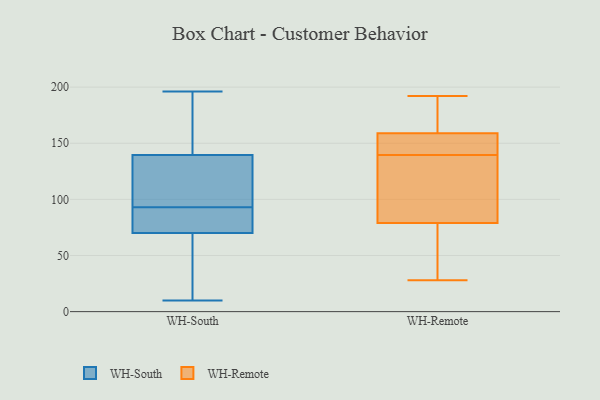
{"axis": {"x": "Demand Index", "y": "Value"}, "legend": ["WH-Remote", "WH-South"], "data": [{"x": "", "y": 10, "type": "WH-South"}, {"x": "", "y": 97, "type": "WH-South"}, {"x": "", "y": 80, "type": "WH-South"}, {"x": "", "y": 89, "type": "WH-South"}, {"x": "", "y": 60, "type": "WH-South"}, {"x": "", "y": 196, "type": "WH-South"}, {"x": "", "y": 103, "type": "WH-South"}, {"x": "", "y": 132, "type": "WH-South"}, {"x": "", "y": 35, "type": "WH-South"}, {"x": "", "y": 85, "type": "WH-South"}, {"x": "", "y": 88, "type": "WH-South"}, {"x": "", "y": 160, "type": "WH-South"}, {"x": "", "y": 40, "type": "WH-South"}, {"x": "", "y": 98, "type": "WH-South"}, {"x": "", "y": 188, "type": "WH-South"}, {"x": "", "y": 113, "type": "WH-South"}, {"x": "", "y": 161, "type": "WH-South"}, {"x": "", "y": 58, "type": "WH-South"}, {"x": "", "y": 85, "type": "WH-South"}, {"x": "", "y": 147, "type": "WH-South"}, {"x": "", "y": 93, "type": "WH-Remote"}, {"x": "", "y": 160, "type": "WH-Remote"}, {"x": "", "y": 149, "type": "WH-Remote"}, {"x": "", "y": 67, "type": "WH-Remote"}, {"x": "", "y": 32, "type": "WH-Remote"}, {"x": "", "y": 81, "type": "WH-Remote"}, {"x": "", "y": 77, "type": "WH-Remote"}, {"x": "", "y": 131, "type": "WH-Remote"}, {"x": "", "y": 28, "type": "WH-Remote"}, {"x": "", "y": 150, "type": "WH-Remote"}, {"x": "", "y": 192, "type": "WH-Remote"}, {"x": "", "y": 159, "type": "WH-Remote"}, {"x": "", "y": 168, "type": "WH-Remote"}, {"x": "", "y": 148, "type": "WH-Remote"}, {"x": "", "y": 159, "type": "WH-Remote"}, {"x": "", "y": 122, "type": "WH-Remote"}]}